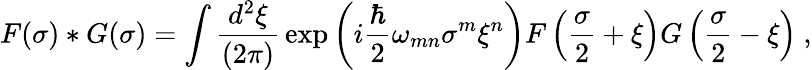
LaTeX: F(\sigma)\ast G(\sigma)=\int{\frac{d^{2}\xi}{(2\pi)}}\exp\left(i{\frac{\hbar}{2}}\omega_{mn}\sigma^{m}\xi^{n}\right)F\left({\frac{\sigma}{2}}+\xi\right)G\left({\frac{\sigma}{2}}-\xi\right)\ ,